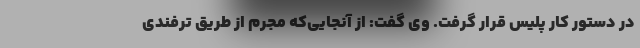
در دستور کار پلیس قرار گرفت. وی گفت: از آنجایی‌که مجرم از طریق ترفندی